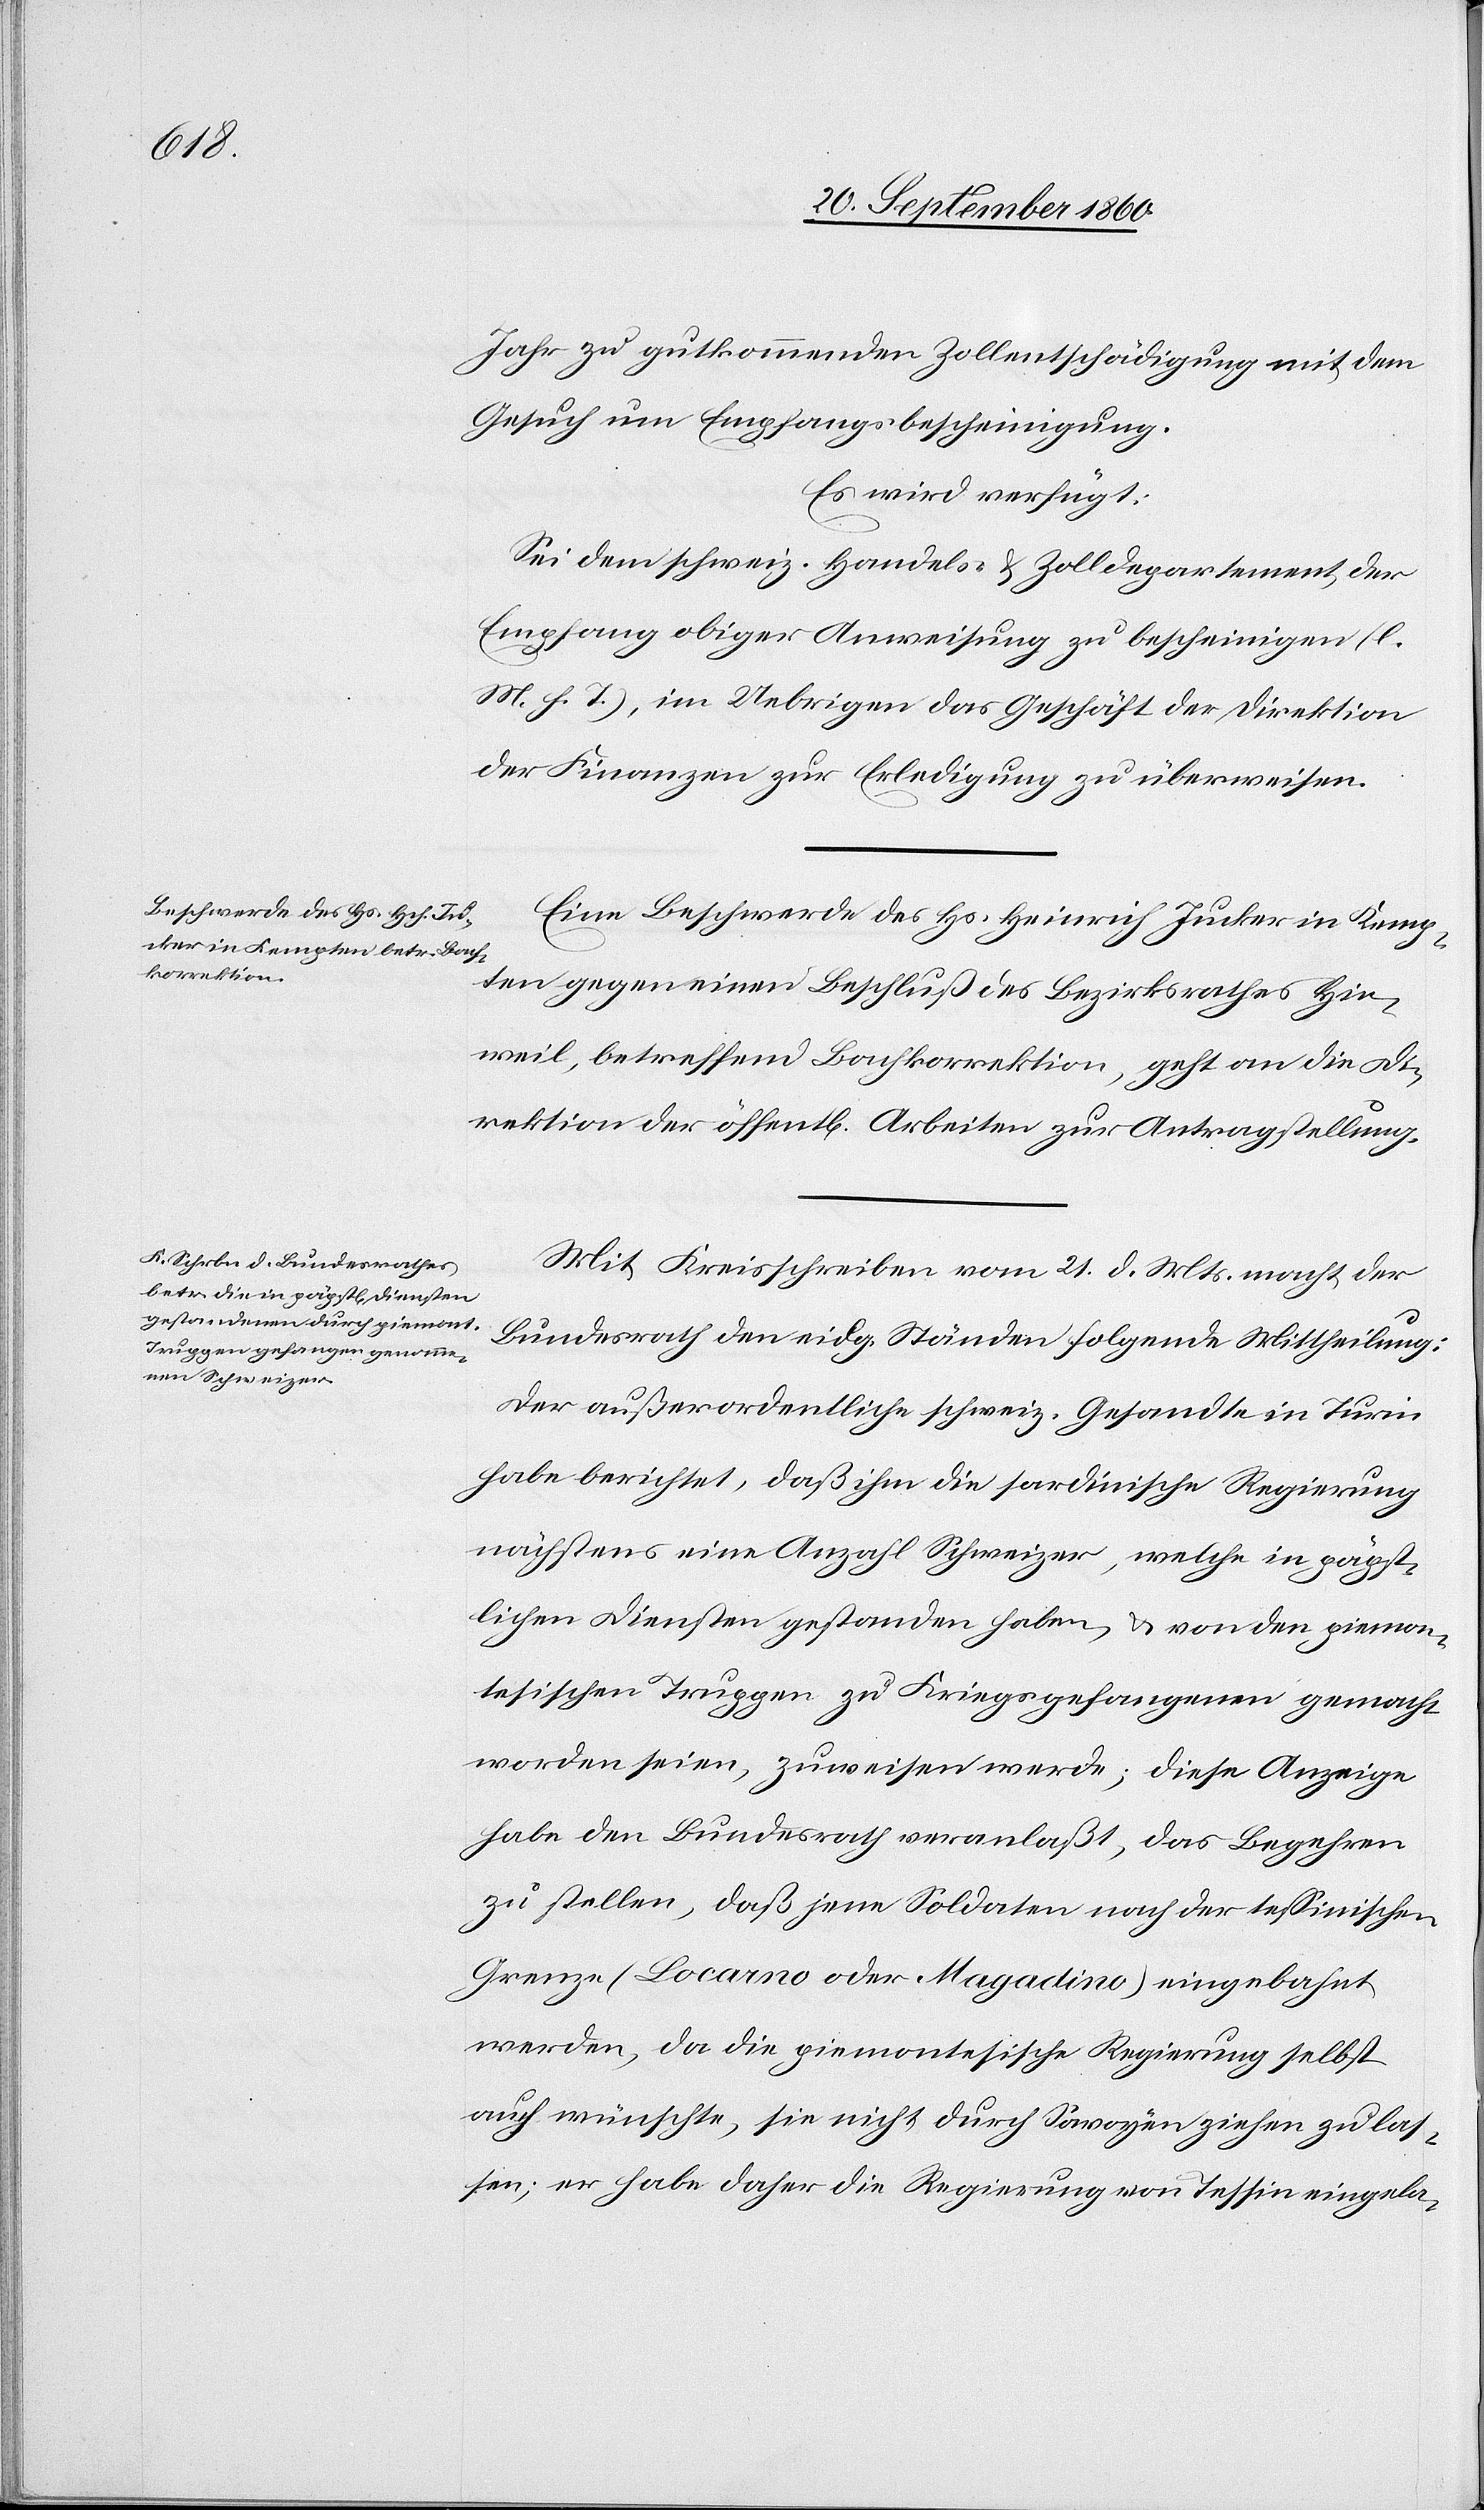
24. September 1860.]
Jahr zu gutkommenden Zollentschädigung mit dem
Gesuch um Empfangsbescheinigung.
Es wird verfügt:
Sei dem schweiz. Handels- & Zolldepartement, der
Empfang obiger Anweisung zu bescheinigen (l.
M. h. T.), im Uebrigen das Geschäft der Direktion
der Finanzen zur Erledigung zu überweisen.
Eine Beschwerde des Hs. Heinrich Jucker in Kemp¬
ten gegen einen Beschluß des Bezirksrathes Hin¬
weil, betreffend Bachkorrektion, geht an die Di¬
rektion der öffentl. Arbeiten zur Antragstellung.
Mit Kreisschreiben vom 21. d. Mts. macht der
Bundesrath den eidg. Ständen folgende Mittheilung:
Der außerordentliche schweiz. Gesandte in Turin
habe berichtet, daß ihm die sardinische Regierung
nächstens eine Anzahl Schweizer, welche in päpst¬
lichen Diensten gestanden haben u. von den piemon¬
tesischen Truppen zu Kriegsgefangenen gemacht
worden seien, zuweisen werde; diese Anzeige
haben den Bundesrath veranlaßt, das Begehren
zu stellen, daß jene Soldaten nach der tessinischen
Grenze (Locarno oder Magadino) eingebahnt
werden, da die piemontesische Regierung selbst
auch wünschte, sie nicht durch Savoyen ziehen zu las¬
sen; er habe daher die Regierung von Tessin eingela-